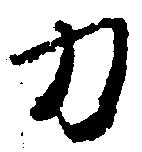
力